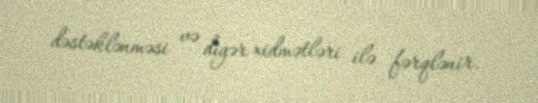
dəstəklənməsi və digər xidmətləri ilə fərqlənir.